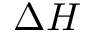
\Delta H